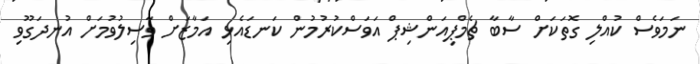
ނަމަވެސް ކުއްލި ގޮތަކަށް ސާބާ ޗެމްޕިއަންޝިޕް އަވަސްކުރުމުން ކަނޑައެޅި އަމާޒަށް ވާސިލުވުމަށް އުނދަގޫވި